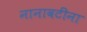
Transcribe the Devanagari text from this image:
नानावटींना